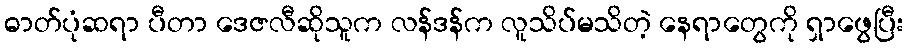
ဓာတ်ပုံဆရာ ပီတာ ဒေဇလီဆိုသူက လန်ဒန်က လူသိပ်မသိတဲ့ နေရာတွေကို ရှာဖွေပြီး